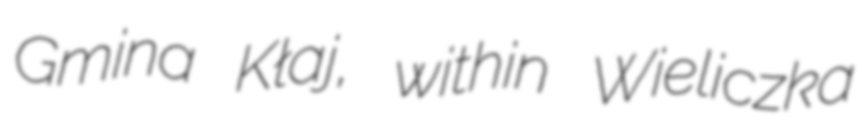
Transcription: Gmina Kłaj, within Wieliczka